Sleeping sickness
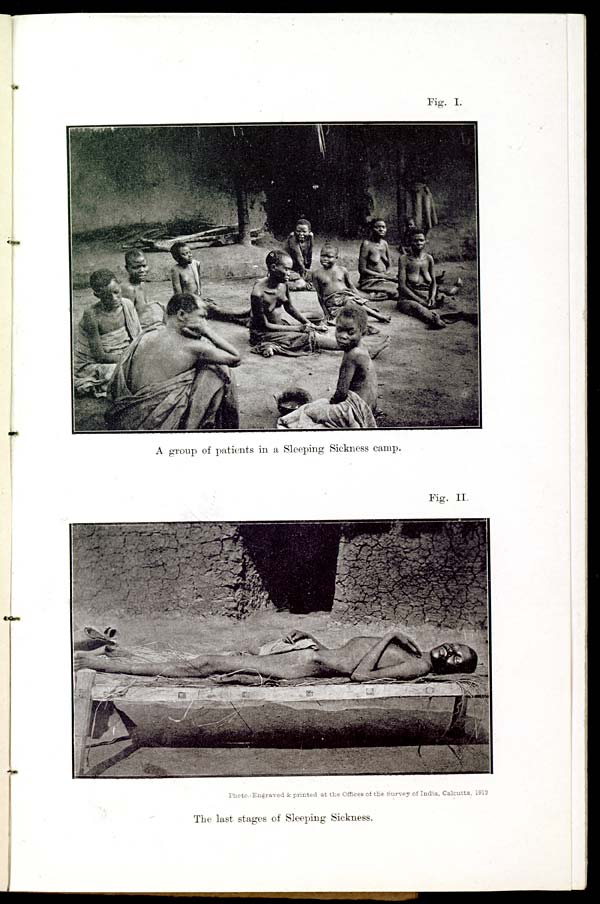
Fig. I.
A group of patients in a Sleeping Sickness camp.
Fig. II.
Photo.-Engraved & printed at the Offices of the Survey of India, Calcutta, 1912
The last stages of Sleeping Sickness.